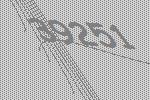
39251